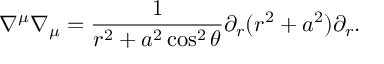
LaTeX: \nabla ^ { \mu } \nabla _ { \mu } = \frac 1 { r ^ { 2 } + a ^ { 2 } \cos ^ { 2 } \theta } \partial _ { r } ( r ^ { 2 } + a ^ { 2 } ) \partial _ { r } .